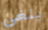
يلغي